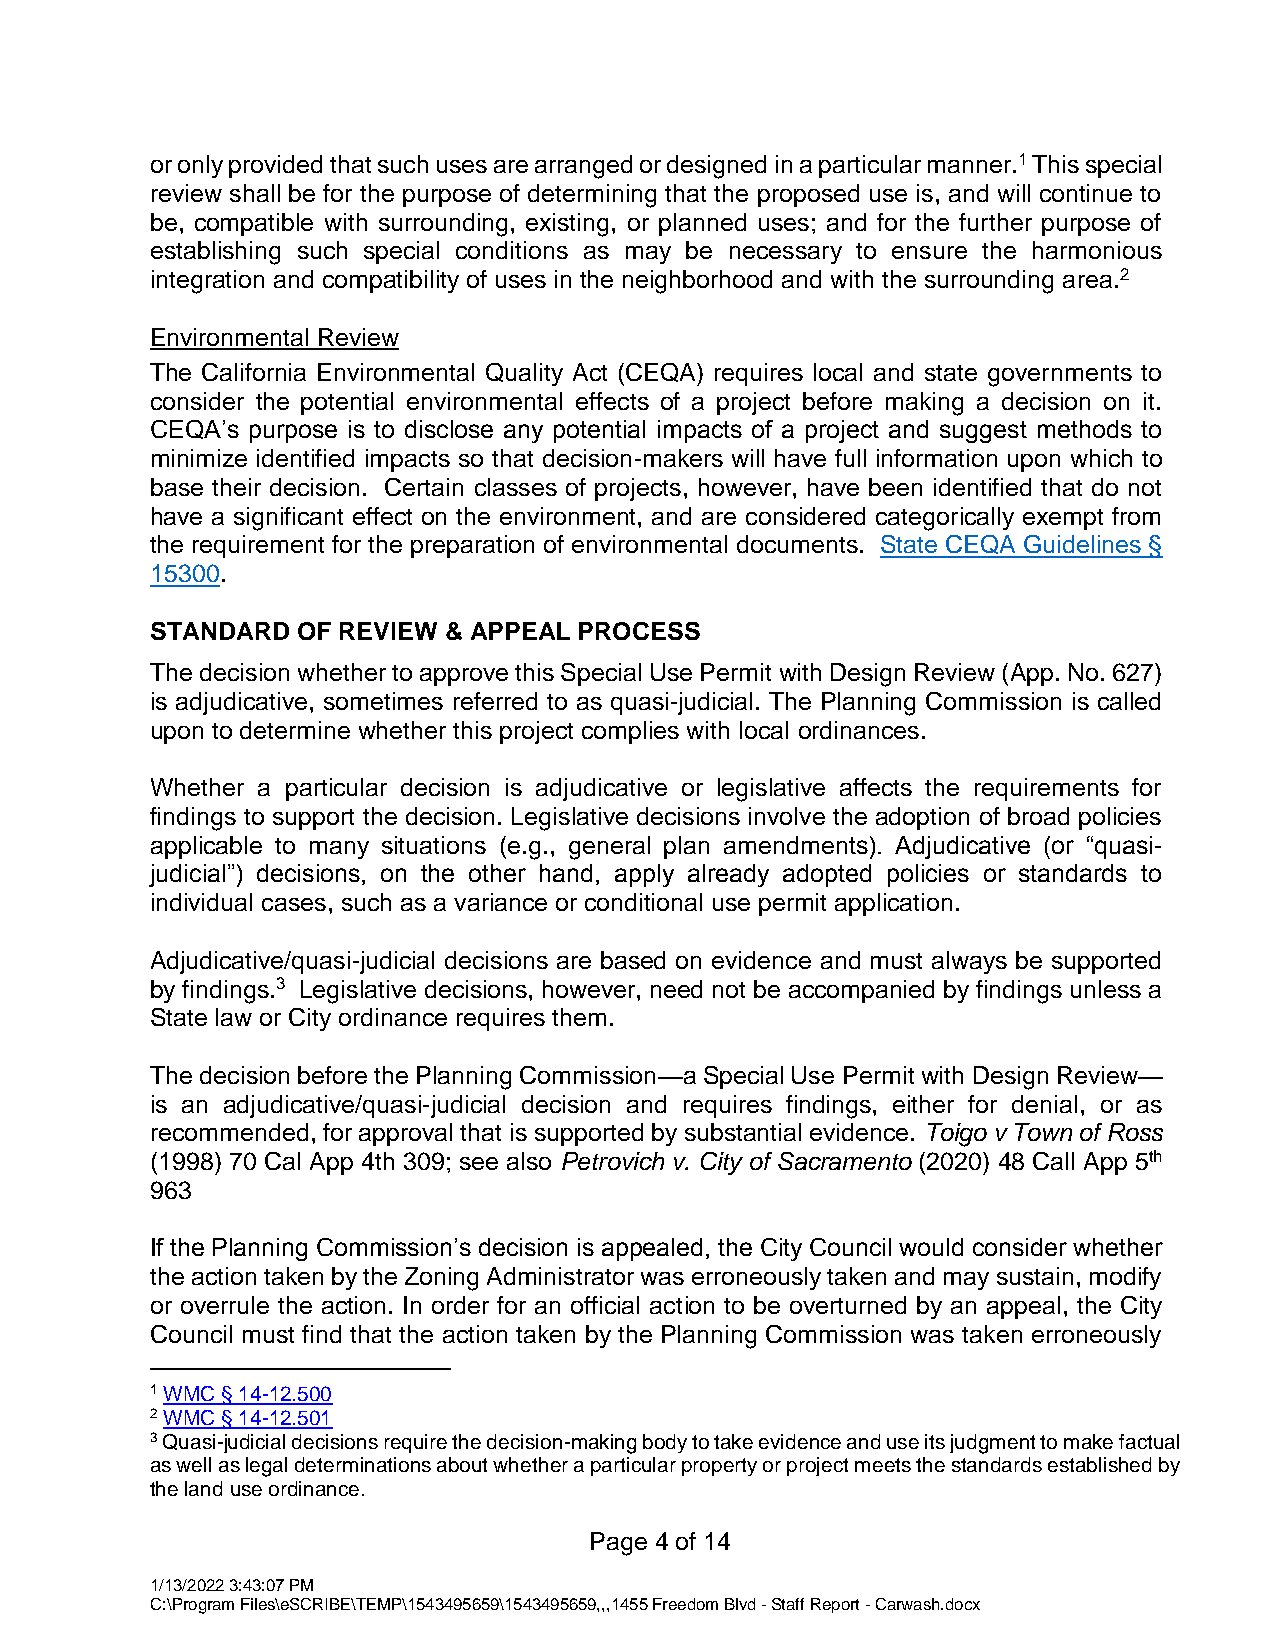
or only provided that such uses are arranged or designed in a particular manner.1 This special
 review shall be for the purpose of determining that the proposed use is, and will continue to
 be, compatible with surrounding, existing, or planned uses; and for the further purpose of
 establishing such special conditions as may be necessary to ensure the harmonious
 integration and compatibility of uses in the neighborhood and with the surrounding area.2
 Environmental Review
 The California Environmental Quality Act (CEQA) requires local and state governments to
 consider the potential environmental effects of a project before making a decision on it.
 CEQA’s purpose is to disclose any potential impacts of a project and suggest methods to
 minimize identified impacts so that decision-makers will have full information upon which to
 base their decision. Certain classes of projects, however, have been identified that do not
 have a significant effect on the environment, and are considered categorically exempt from
 the requirement for the preparation of environmental documents. State CEQA Guidelines §
 15300.
 STANDARD  OF REVIEW & APPEAL PROCESS
 The decision whether to approve this Special Use Permit with Design Review (App. No. 627)
 is adjudicative, sometimes referred to as quasi-judicial. The Planning Commission is called
 upon to determine whether this project complies with local ordinances.
 Whether a particular decision is adjudicative or legislative affects the requirements for
 findings to support the decision. Legislative decisions involve the adoption of broad policies
 applicable to many situations (e.g., general plan amendments). Adjudicative (or “quasi-
 judicial”) decisions, on the other hand, apply already adopted policies or standards to
 individual cases, such as a variance or conditional use permit application.
 Adjudicative/quasi-judicial decisions are based on evidence and must always be supported
 by findings.3 Legislative decisions, however, need not be accompanied by findings unless a
 State law or City ordinance requires them.
 The decision before the Planning Commission—a Special Use Permit with Design Review—
 is an adjudicative/quasi-judicial decision and requires findings, either for denial, or as
 recommended, for approval that is supported by substantial evidence. Toigo v Town of Ross
 (1998) 70 Cal App 4th 309; see also Petrovich v. City of Sacramento (2020) 48 Call App 5th
 963
 If the Planning Commission’s decision is appealed, the City Council would consider whether
 the action taken by the Zoning Administrator was erroneously taken and may sustain, modify
 or overrule the action. In order for an official action to be overturned by an appeal, the City
 Council must find that the action taken by the Planning Commission was taken erroneously
 1 WMC § 14-12.500
 2 WMC § 14-12.501
 3 Quasi-judicial decisions require the decision-making body to take evidence and use its judgment to make factual
 as well as legal determinations about whether a particular property or project meets the standards established by
 the land use ordinance.
 Page 4 of 14
 1/13/2022 3:43:07 PM
 C:\Program Files\eSCRIBE\TEMP\1543495659\1543495659,,,1455 Freedom Blvd - Staff Report - Carwash.docx